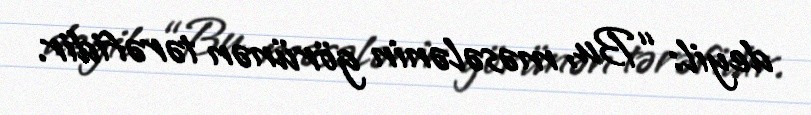
deyil: “Bu, məsələnin görünən tərəfidir.